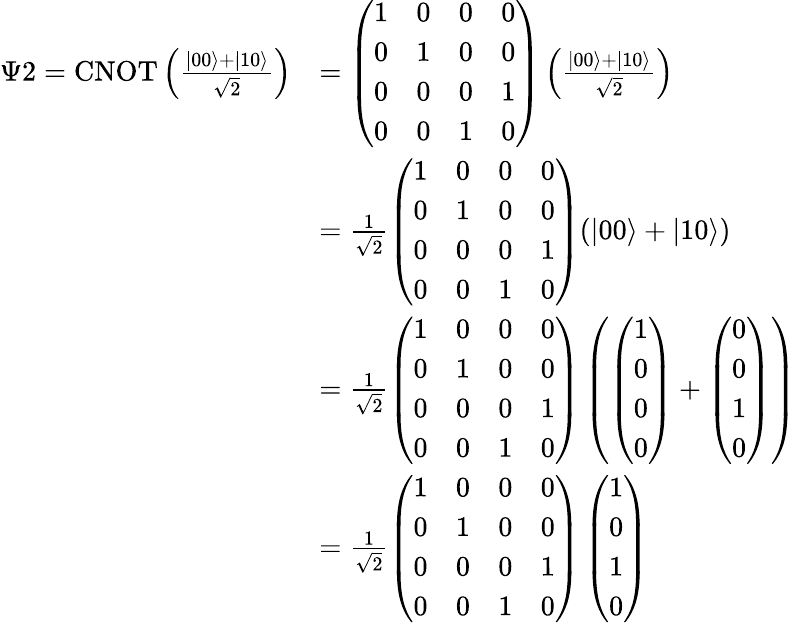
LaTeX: \begin{array}{rl}{\Psi 2=\operatorname{CNOT}\left(\frac{|00\rangle+|10\rangle}{\sqrt{2}}\right)}&{=\left(\begin{array}{llll}{1}&{0}&{0}&{0}\\ {0}&{1}&{0}&{0}\\ {0}&{0}&{0}&{1}\\ {0}&{0}&{1}&{0}\end{array}\right)\left(\frac{|00\rangle+|10\rangle}{\sqrt{2}}\right)}\\ &{=\frac{1}{\sqrt{2}}\left(\begin{array}{llll}{1}&{0}&{0}&{0}\\ {0}&{1}&{0}&{0}\\ {0}&{0}&{0}&{1}\\ {0}&{0}&{1}&{0}\end{array}\right)(|00\rangle+|10\rangle)}\\ &{=\frac{1}{\sqrt{2}}\left(\begin{array}{llll}{1}&{0}&{0}&{0}\\ {0}&{1}&{0}&{0}\\ {0}&{0}&{0}&{1}\\ {0}&{0}&{1}&{0}\end{array}\right)\left(\left(\begin{array}{l}{1}\\ {0}\\ {0}\\ {0}\end{array}\right)+\left(\begin{array}{l}{0}\\ {0}\\ {1}\\ {0}\end{array}\right)\right)}\\ &{=\frac{1}{\sqrt{2}}\left(\begin{array}{llll}{1}&{0}&{0}&{0}\\ {0}&{1}&{0}&{0}\\ {0}&{0}&{0}&{1}\\ {0}&{0}&{1}&{0}\end{array}\right)\left(\begin{array}{l}{1}\\ {0}\\ {1}\\ {0}\end{array}\right)}\end{array}